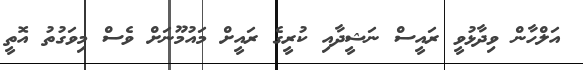
އަލްހާން ވިދާޅުވީ ރައީސް ނަޝީދާއި ކުރީގެ ރައީށް މައުމޫނަށް ވެސް މިވަގުތު އޮތީ